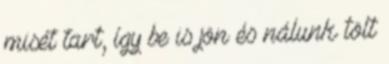
misét tart, így be is jön és nálunk tölt